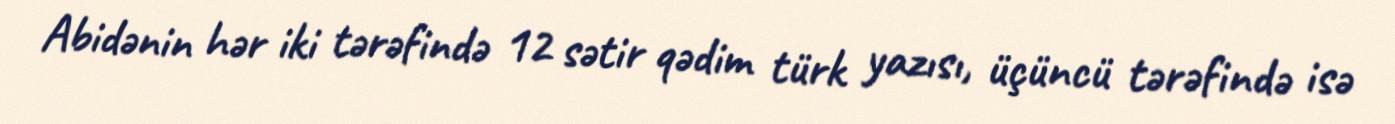
Abidənin hər iki tərəfində 12 sətir qədim türk yazısı, üçüncü tərəfində isə